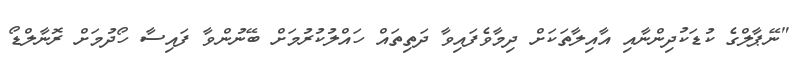
"ނޭޕާލްގެ ކުޑަކުދިންނާއި އާއިލާތަކަށް ދިމާވެފައިވާ ދަތިތައް ހައްލުކުރުމަށް ބޭނުންވާ ފައިސާ ހޯދުމަށް ރޮނާލްޑޯ